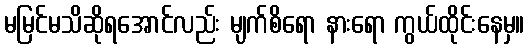
မမြင်မသိဆိုရအောင်လည်း မျက်စိရော နားရော ကွယ်ထိုင်းနေမှ။